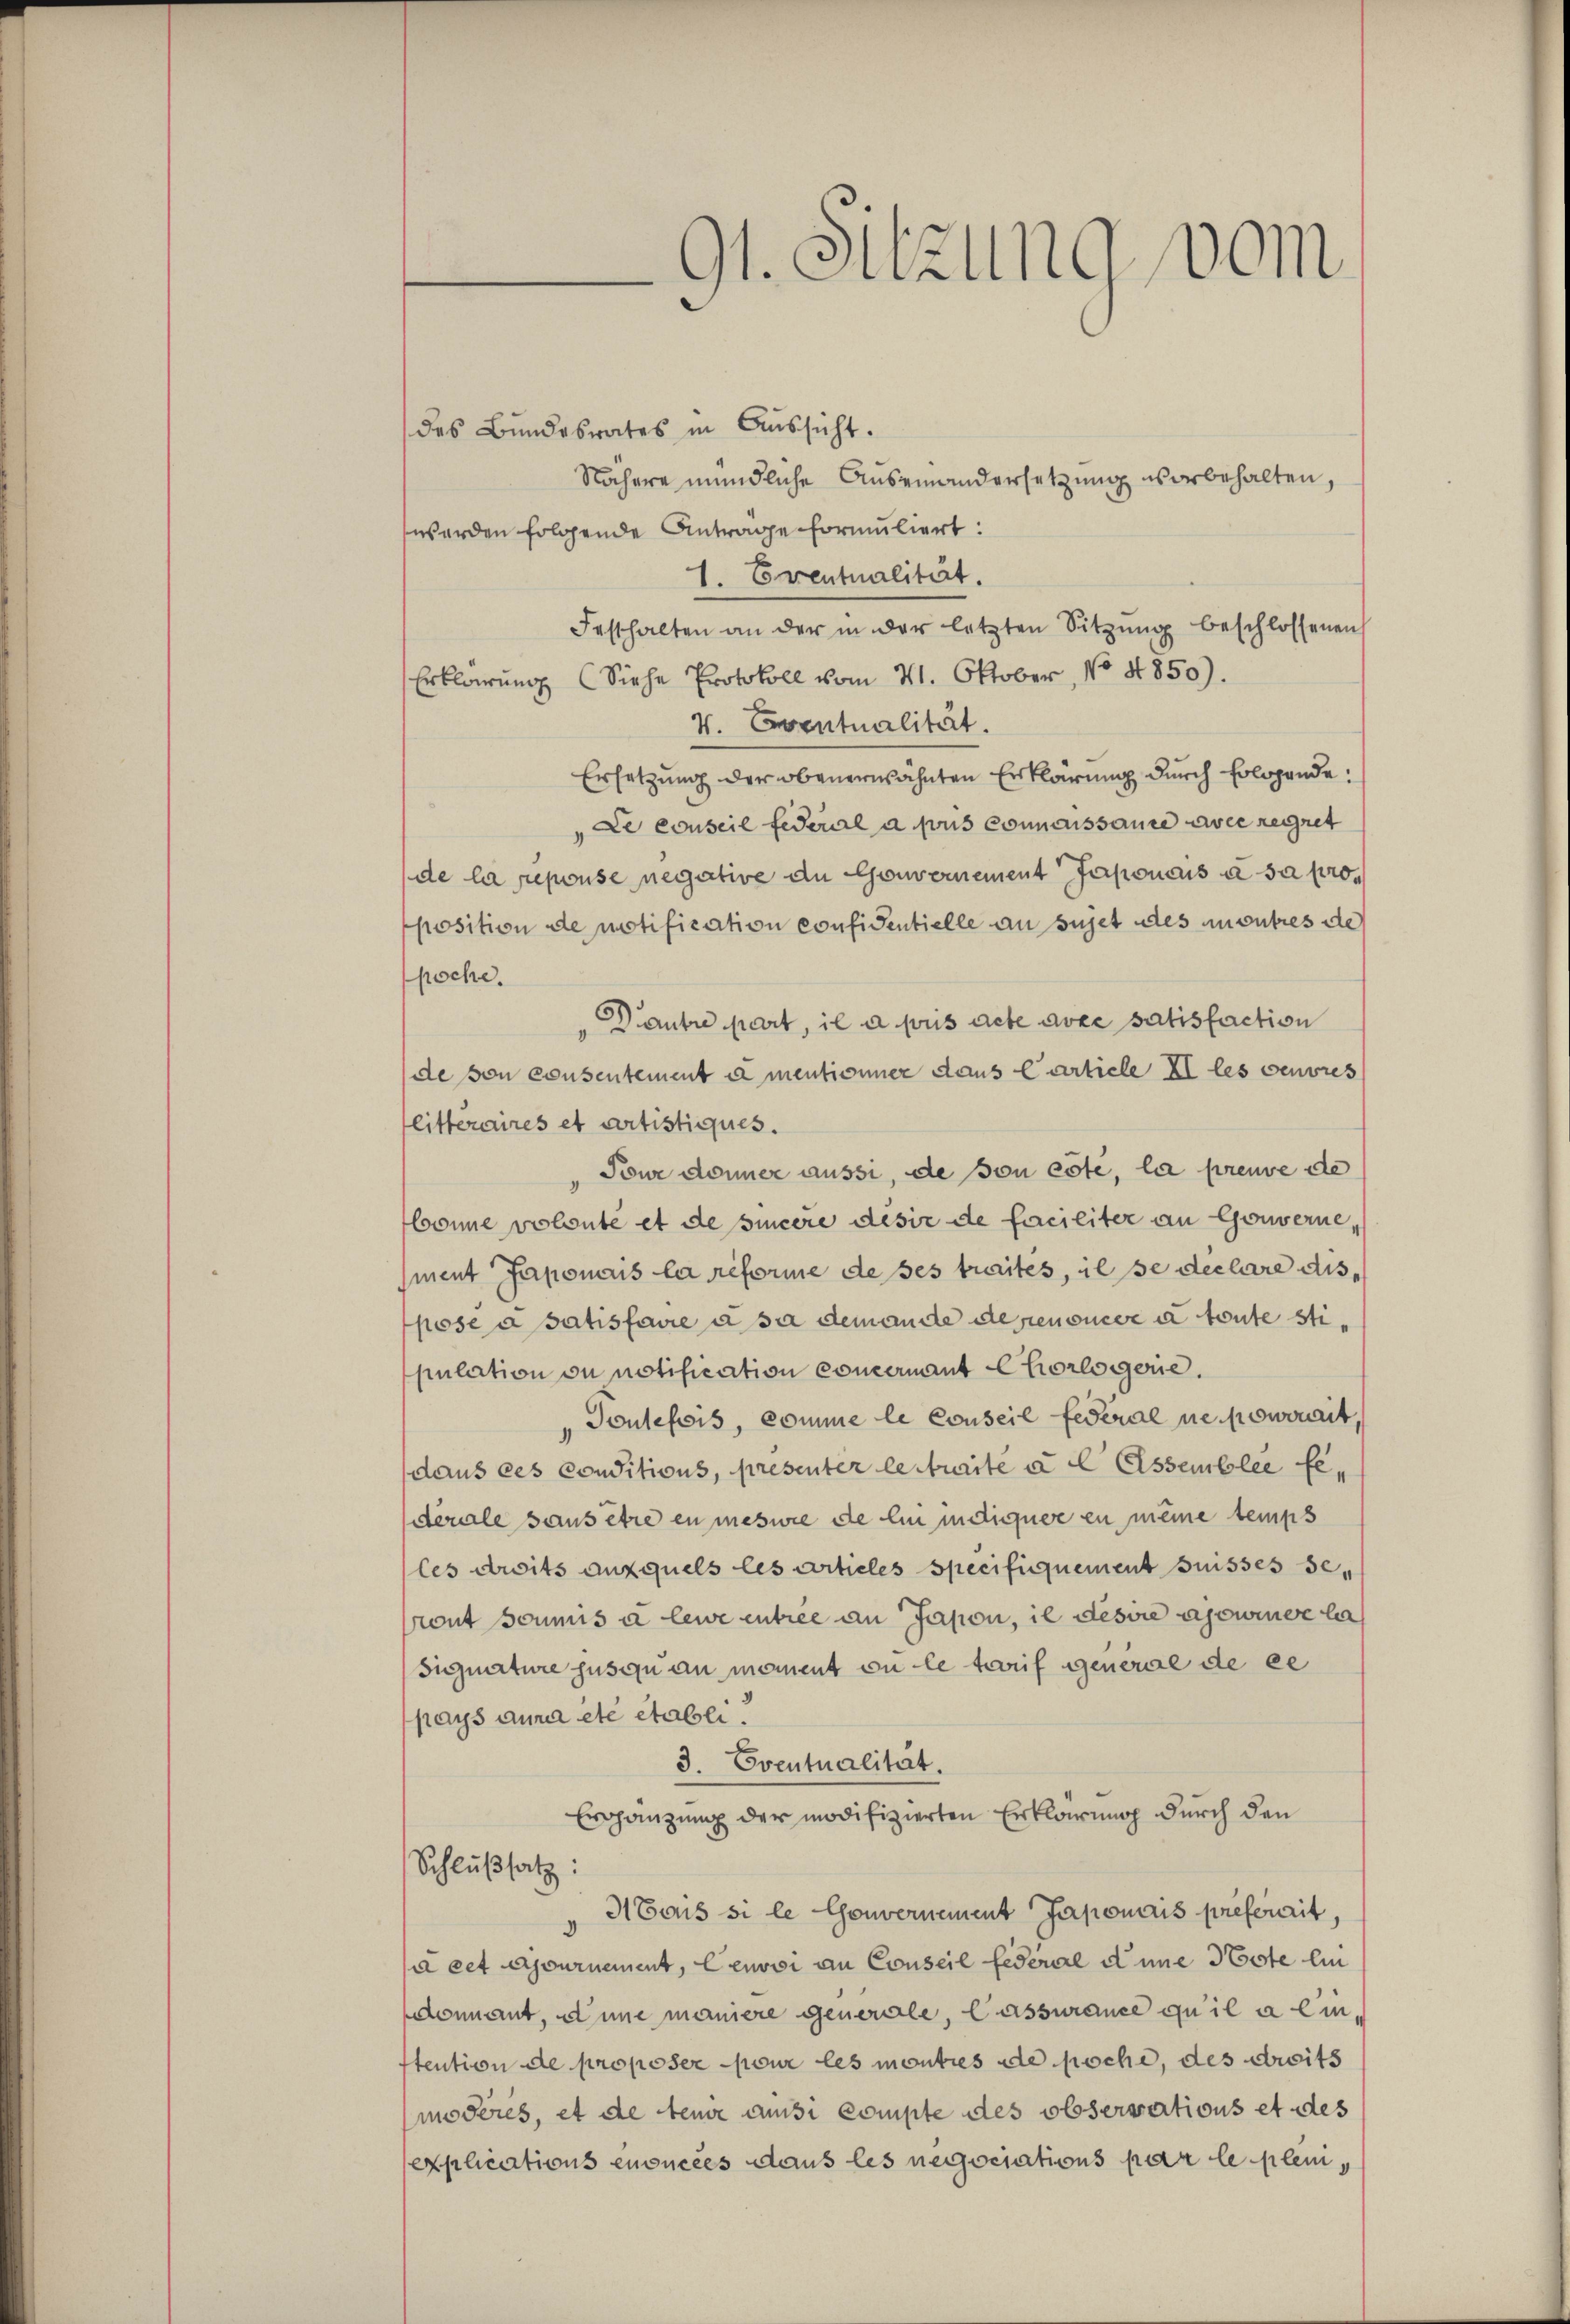
des Bundesrates in Aussicht.
Nähere mündliche Auseinandersetzung vorbehalten,
werden folgende Antrage formuliert:
1. Eventualität.
Festhalten an der in der letzten Sitzŭng beschlossenen
Erklärung (Siehe Protokoll vom 21. Oktober, No 4850).
V. Eventualität.
Ersetzung der obenerwähnten Erklärung durch Erlagende:
Le conseil federal a puis connaissance avec regnet
de la repouse negative an Gouvernement Japonais à sa proposition de motification confidentielle an sujet des outres de
poche.
Dautre part, il a pris acte avre satisfaction
(de von consentement u mentionner daus Carticle XI les vendres
litteraires et artistiques.
Tour donner aussi, de son côté, la preuve de
bonne volonté et de sincère desie de forciliter an Gouverne,
ment Japonais la reforme de ses traites, il se declare dispose à satisfaire à sa demande depenoncée à toute stipulation ou notification concernant Chorlogenie.
Toutefois, comme le Conseil Federal ne powerait
dans ces conditions, presenter lestraite a l Essemblee fe
derale sans être en meswie de lin indiquer zu meine temps
les droits auxquels les articles Specifiquement suisses Seront soumis à lewe entree an Jason, il des sie assiner le
Signature jusqu au moment ou le tarif general de ce
pays anna etc etabli.
3. Eventualität.
Erphänzung der modifizierten Erklärung durch den
Schlußsatz:
H Cous si le Gouvernement Japonis preferait
à cet ajournement, lenvoi an Conseil Federal eine Poste lin
donnant, eine maniere generale, lassurance qu’il a lin
stention de proposer Cour les monties de poche, des droits
modérés, et de teure aussi compte des observations et des
explications enoncées dans les negociations par le plem

91. Sitzung vom